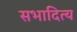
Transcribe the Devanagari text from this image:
सभादित्य